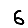
Digit: 6